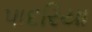
પાદરિયા